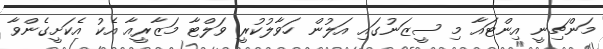
މަންޗިނީ އިންޓައާ މި ސީޒަނުގައި އަލުން ހަވާލުކުރީ ވަލްޓާ މަޒާރީއާ އެކު އެކަށީގެންވާ